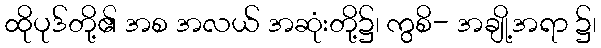
ထိုပုဒ်တို့၏ အစ အလယ် အဆုံးတို့၌၊ ကွစိ- အချို့အရာ ၌၊